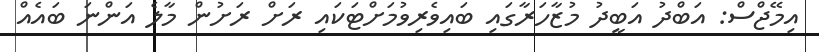
އިމޭޖްސް: އަބްދު އަބީދު މުޒާހަރާގައި ބައިވެރިވުމަށްޓަކައި ރަށް ރަށުން މާލެ އަންނަ ބައެއް